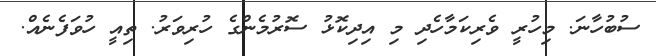
ސުބުހާނަ. މިހުރީ ވެރިކަމާހެދި މި އިދިކޮޅު ސޮރުމެންގެ ހުރިވަރު. ތިއީ ހުވަފެނެއް.